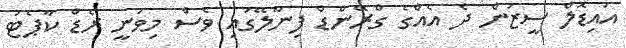
އައިޑޮލް ސީޒަން ދެ އެއްގެ ގްރޭންޑް ފިނާލޭގައި ވެސް މިވަނީ ރެޑް ކާޕެޓު